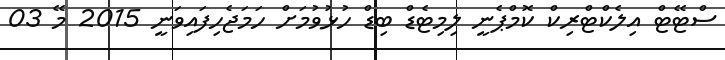
ސްޓޭޓް އިލެކްޓްރިކް ކޮމްޕެނީ ލިމިޓެޑް ބިޑް ހުޅުވުމަށް ހަމަޖެހިފައިވަނީ 2015 މޭ 03